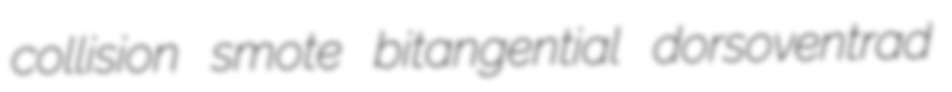
collision smote bitangential dorsoventrad